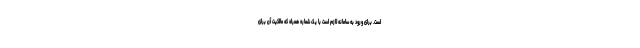
است. برای ورود به سامانه لازم است با یک شماره همراه که مالکیت آن برای